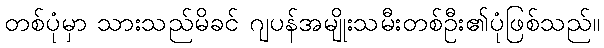
တစ်ပုံမှာ သားသည်မိခင် ဂျပန်အမျိုးသမီးတစ်ဦး၏ပုံဖြစ်သည်။